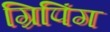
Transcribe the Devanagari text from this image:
ग्रिपिंग